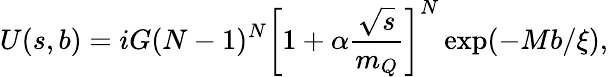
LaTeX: U(s,b)=iG(N-1)^{N}\left[1+\alpha\frac{\sqrt{s}}{m_{Q}}\right]^{N}\exp(-Mb/\xi),